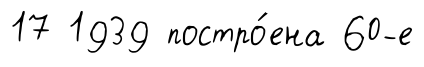
17 1939 постро́ена 60-е